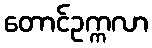
တောင်ဥက္ကလာ